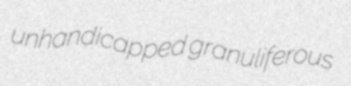
unhandicapped granuliferous